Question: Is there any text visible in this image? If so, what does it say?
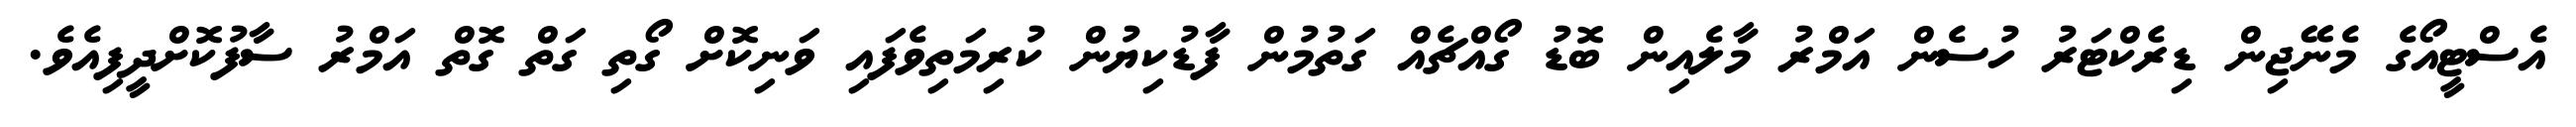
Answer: އެސްޓީއޯގެ މެނޭޖިން ޑިރެކްޓަރު ހުސެން އަމްރު މާލެއިން ބޮޑު ގޯއްޗެއް ގަތުމުން ފާޑުކިޔުން ކުރިމަތިވެފައި ވަނިކޮށް ގޯތި ގަތް ގޮތް އަމްރު ސާފުކޮށްދީފިއެވެ.